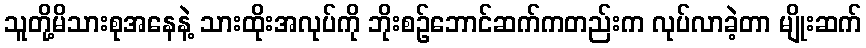
သူတို့မိသားစုအနေနဲ့ သားထိုးအလုပ်ကို ဘိုးစဉ်ဘောင်ဆက်ကတည်းက လုပ်လာခဲ့တာ မျိုးဆက်